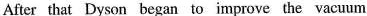
After that Dyson began to improve the vacuum